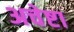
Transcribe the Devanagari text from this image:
अचेष्टा